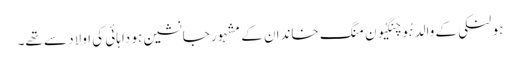
ہو لنکی کے والد ہُو چِنگیُون منگ خاندان کے مشہور جانشین ہو داہائی کی اولاد سے تھے۔